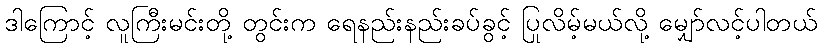
ဒါကြောင့် လူကြီးမင်းတို့ တွင်းက ရေနည်းနည်းခပ်ခွင့် ပြုလိမ့်မယ်လို့ မျှော်လင့်ပါတယ်